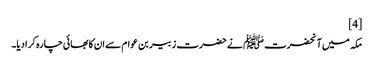
[4]
مکہ میں آنحضرت ﷺ نے حضرت زبیر بن عوام سے ان کا بھائی چارہ کرادیا۔